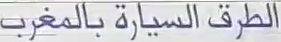
الطرق السيارة بالمغرب